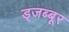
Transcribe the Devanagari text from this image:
ड्जब्बूर